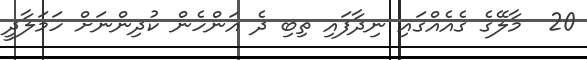
20  މާލޭގެ ގެއެއްގައި ނިދާފައި ތިބި ދެ އަންހެން ކުދިންނަށް ހަމަލާދީ